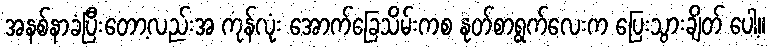
အနစ်နာခံပြီးတော့လည်းအ ကုန်လုံး အောက်ခြေသိမ်းကစ နုတ်စာရွက်လေးက ပြေးသွားချိတ် ပေါ့။